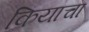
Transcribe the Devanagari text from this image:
कियाचा